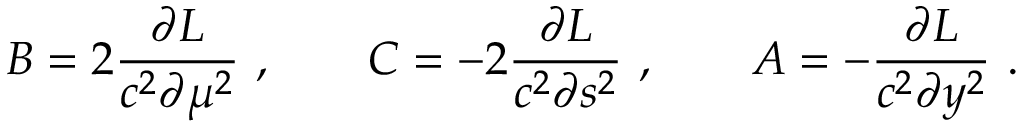
B = 2 { \frac { \partial { \cal L } } { c ^ { 2 } \partial \mu ^ { 2 } } } \ , \qquad C = - 2 { \frac { \partial { \cal L } } { c ^ { 2 } \partial s ^ { 2 } } } \ , \qquad A = - { \frac { \partial { \cal L } } { c ^ { 2 } \partial y ^ { 2 } } } \ .